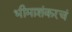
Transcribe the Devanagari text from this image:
भीमाशंकरचं